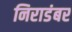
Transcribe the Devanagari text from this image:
निराडंबर